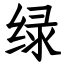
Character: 绿